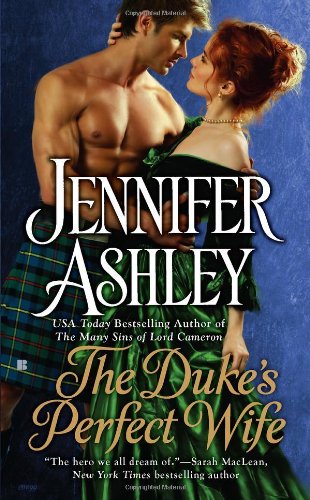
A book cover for The Duke's Perfect Wife (Mackenzies Series); Jennifer Ashley; Romance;